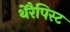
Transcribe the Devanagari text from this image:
थेरैपिस्ट